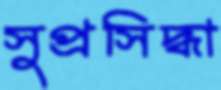
সুপ্রসিদ্ধা